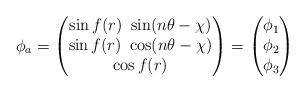
LaTeX: \begin{align*}\phi_a=\begin{pmatrix}\sin f(r)~\sin(n\theta-\chi)\\\sin f(r)~\cos(n\theta-\chi)\\\cos f(r)\end{pmatrix}=\begin{pmatrix}\phi_1\\\phi_2\\\phi_3 \end{pmatrix}\end{align*}